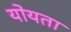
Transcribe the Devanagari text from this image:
योयता